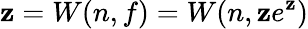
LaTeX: \mathbf{z}=W(n,f)=W(n,\mathbf{z}e^{\mathbf{z}})